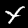
Digit: 4